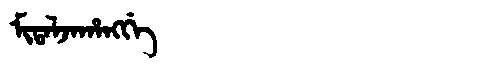
Manchu: ᠮᡳᡨᠠᠯᠵᠠᡥᠠᠩᡤᡝ
Romanization: MITALJAHANGGE